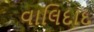
વાલિદાદ